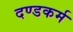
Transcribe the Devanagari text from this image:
दण्डकर्म